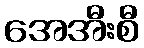
အေအီးစီ